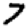
Digit: 7